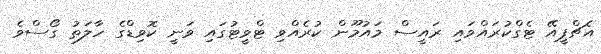
އެޗްޕީއޭ ޓެގްކުރައްވައި ރައީސް މައުމޫން ކުރެއްވި ޓްވީޓުގައި ވަނީ ކޮވިޑްގެ ހާލަތު ގޯސްވެ